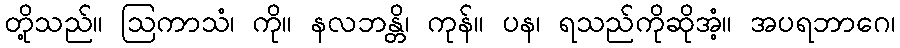
တို့သည်။ ဩကာသံ၊ ကို။ နလဘန္တိ၊ ကုန်။ ပန၊ ရသည်ကိုဆိုအံ့။ အပရဘာဂေ၊